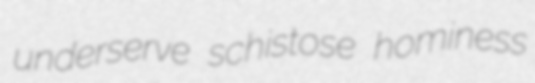
underserve schistose hominess